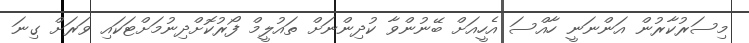
މިސަރުކާރުން އަންނަނީ ހާއްސަ އެހީއަށް ބޭނުންވާ ކުދިންނަށް ތައުލީމް ފޯރުކޮށްދިނުމަށްޓަކައި ވަރަށް ގިނަ